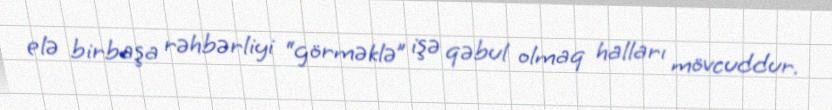
elə birbaşa rəhbərliyi “görməklə” işə qəbul olmaq halları mövcuddur.